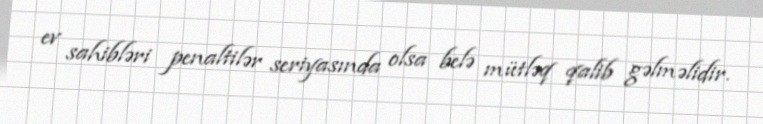
ev sahibləri penaltilər seriyasında olsa belə mütləq qalib gəlməlidir.